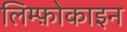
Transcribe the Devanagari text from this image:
लिम्फ़ोकाइन